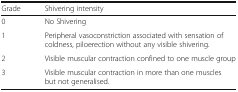
<table><thead><tr><td><b>Grade</b></td><td><b>Shivering intensity</b></td></tr></thead><tbody><tr><td>0</td><td>No Shivering</td></tr><tr><td>1</td><td>Peripheral vasoconstriction associated with sensation of coldness, piloerection without any visible shivering.</td></tr><tr><td>2</td><td>Visible muscular contraction confined to one muscle group</td></tr><tr><td>3</td><td>Visible muscular contraction in more than one muscles but not generalised.</td></tr></tbody></table>